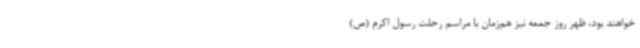
خواهند بود، ظهر روز جمعه نیز هم‌زمان با مراسم رحلت رسول اکرم (ص)